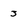
Character: 3